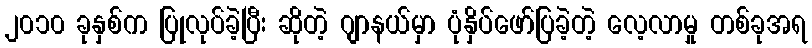
၂၀၁၀ ခုနှစ်က ပြုလုပ်ခဲ့ပြီး ဆိုတဲ့ ဂျာနယ်မှာ ပုံနှိပ်ဖော်ပြခဲ့တဲ့ လေ့လာမှု တစ်ခုအရ